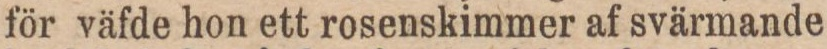
för väfde hon ett rosenskimmer af svärmande